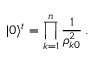
| 0 \rangle ^ { t } = \prod _ { k = 1 } ^ { n } \frac { 1 } { \rho _ { k 0 } ^ { 2 } } \, .